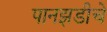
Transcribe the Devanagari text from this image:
पानझडीचे